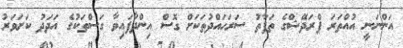
އަންނަނީ އުއްތަރަ ޕްރަދޭޝްގެ ތަފާތު ސަރަހައްދުތަކަށް ގޮސް އިންދާފައިވާ ގަސްތަކުގެ އަދަދު ކަށަވަރު